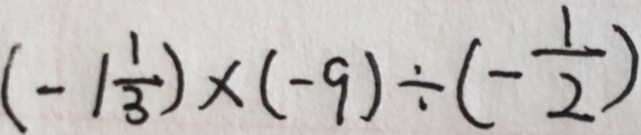
( - 1 \frac { 1 } { 3 } ) \times ( - 9 ) \div ( - \frac { 1 } { 2 } )